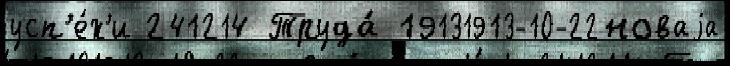
усп'е́х'и 241214 Труда́ 19131913-10-22новаjа